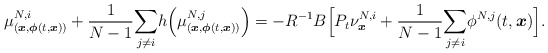
\begin{align*}\mu_{(\boldsymbol{x},\boldsymbol{\phi}(t,\boldsymbol{x}))}^{N,i}+\frac{1}{N-1}\underset{j\neq i}{\sum}h\Big(\mu_{(\boldsymbol{x},\boldsymbol{\phi}(t,\boldsymbol{x}))}^{N,j} \Big)=-R^{-1}B\Big[P_t\nu^{N,i}_{\boldsymbol{x}}+\frac{1}{N-1}\underset{j\neq i}{\sum}\phi^{N,j}(t,\boldsymbol{x})\Big].\end{align*}